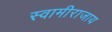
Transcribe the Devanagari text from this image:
स्वामीराजाय